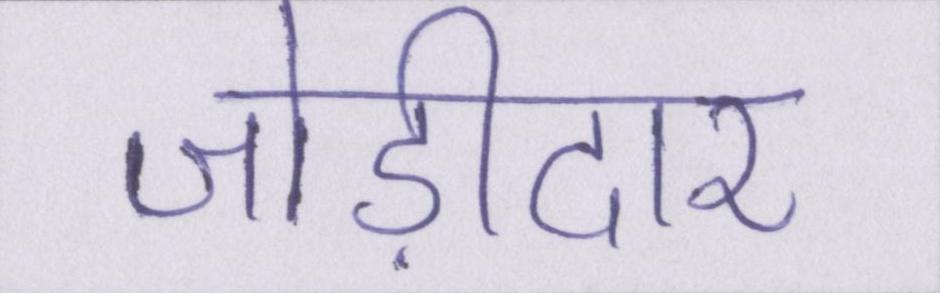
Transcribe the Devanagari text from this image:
जोड़ीदार